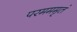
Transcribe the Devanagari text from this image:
परमममृतं